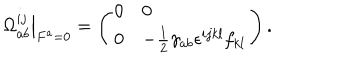
LaTeX: \left. \Omega _ { a b } ^ { i j } \right| _ { F ^ { a } = 0 } = \left( \begin{array} { l l } { { 0 } } & { { 0 } } \\ { { 0 } } & { { - \frac { 1 } { 2 } \gamma _ { a b } \epsilon ^ { i j k l } f _ { k l } } } \\ \end{array} \right) .